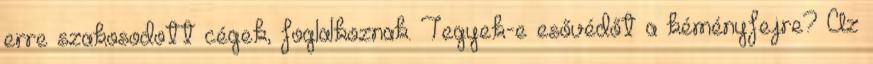
erre szakosodott cégek, foglalkoznak. Tegyek-e esővédőt a kéményfejre? Az